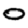
Digit: 0